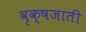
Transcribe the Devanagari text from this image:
वृक्षजाती